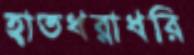
হাতধরাধরি